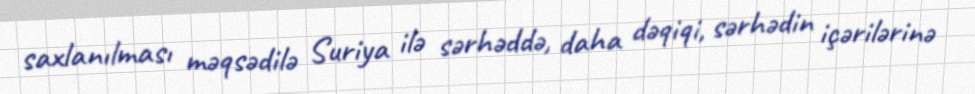
saxlanılması məqsədilə Suriya ilə sərhəddə, daha dəqiqi, sərhədin içərilərinə